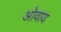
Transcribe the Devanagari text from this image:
ओवाय